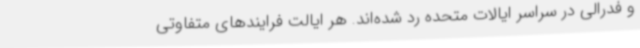
و فدرالی در سراسر ایالات متحده رد شده‌اند. هر ایالت فرایندهای متفاوتی